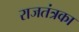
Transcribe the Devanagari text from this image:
राजतंत्रका